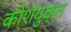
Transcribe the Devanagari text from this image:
कोशयुक्त